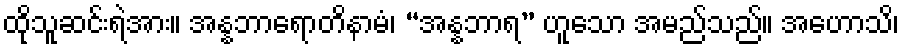
ထိုသူဆင်းရဲအား။ အန္နဘာရောတိနာမံ၊ “အန္နဘာရ” ဟူသော အမည်သည်။ အဟောသိ၊